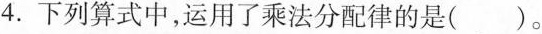
4.下列算式中，运用了乘法分配律的是()。